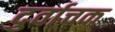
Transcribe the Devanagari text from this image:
दुर्वाचक